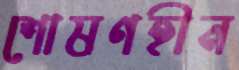
শোষণহীন